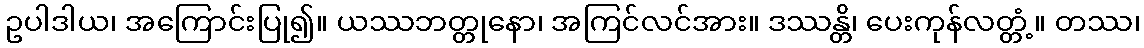
ဥပါဒါယ၊ အကြောင်းပြု၍။ ယဿဘတ္တုနော၊ အကြင်လင်အား။ ဒဿန္တိ၊ ပေးကုန်လတ္တံ့။ တဿ၊